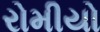
રોમીયો